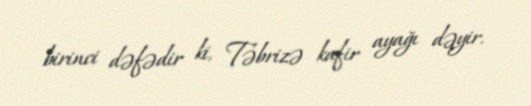
birinci dəfədir ki, Təbrizə kafir ayağı dəyir.